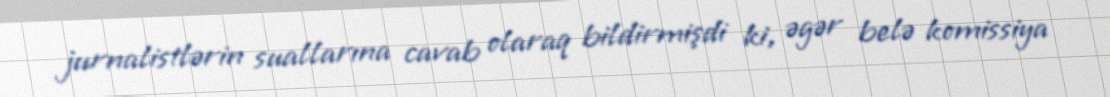
jurnalistlərin suallarına cavab olaraq bildirmişdi ki, əgər belə komissiya